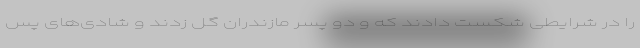
را در شرایطی شکست دادند که و دو پسر مازندران گل زدند و شادی‌های پس